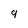
Character: 9